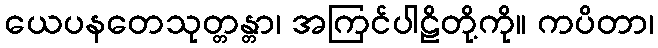
ယေပနတေသုတ္တန္တာ၊ အကြင်ပါဠိတို့ကို။ ကပိတာ၊